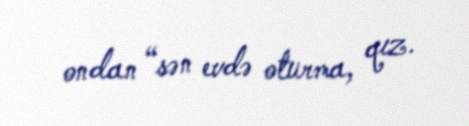
ondan “sən evdə oturma, qız.